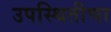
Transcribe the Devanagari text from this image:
उपस्थितीचा